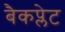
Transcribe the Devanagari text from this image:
बैकप्लेट